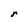
Character: r